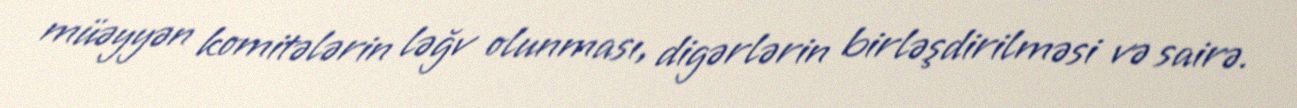
müəyyən komitələrin ləğv olunması, digərlərin birləşdirilməsi və sairə.